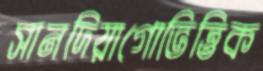
সানদিয়াগোভিত্তিক